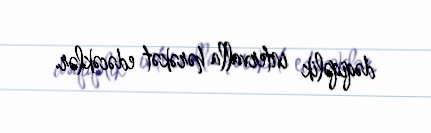
dəqiqəlik intervalla hərəkət edəcəklər.